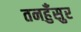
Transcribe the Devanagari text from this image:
तनहुँसुर